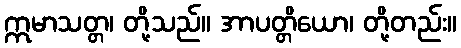
ဣမာသတ္တ၊ တို့သည်။ အာပတ္တိယော၊ တို့တည်း။